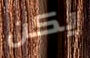
يكن